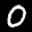
Label: 0